Annual administration report of the Civil Veterinary Department of India - 1904-1905
Year: 1904
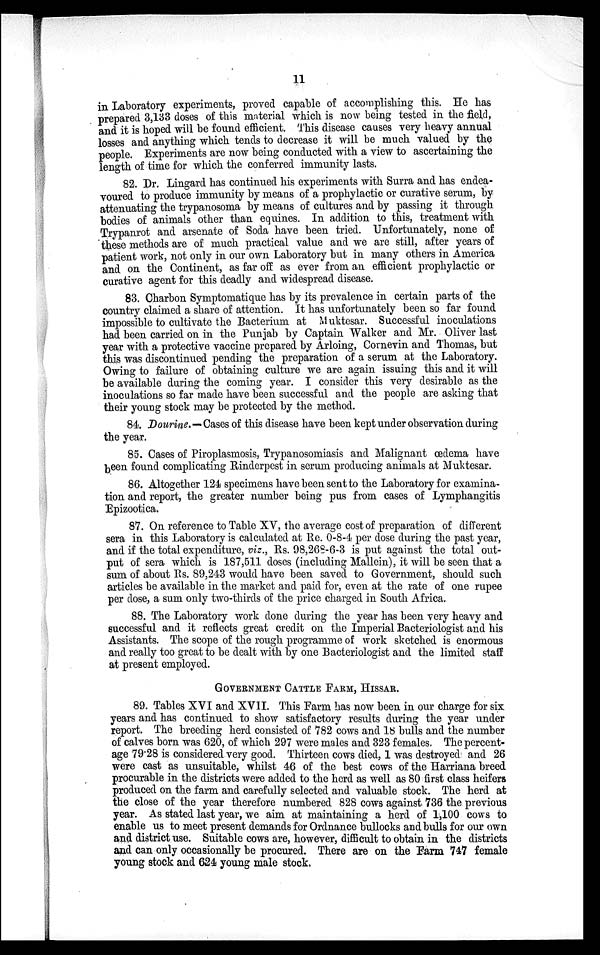
11
in Laboratory experiments, proved capable of accomplishing this. He has
prepared 3,133 doses of this material which is now being tested in the field,
and it is hoped will be found efficient. This disease causes very heavy annual
losses and anything which tends to decrease it will be much valued by the
people. Experiments are now being conducted with a view to ascertaining the
length of time for which the conferred immunity lasts.
82. Dr. Lingard has continued his experiments with Surra and has endea-
voured to produce immunity by means of a prophylactic or curative serum, by
attenuating the trypanosoma by means of cultures and by passing it through
bodies of animals other than equines. In addition to this, treatment with
Trypanrot and arsenate of Soda have been tried. Unfortunately, none of
these methods are of much practical value and we are still, after years of
patient work, not only in our own Laboratory but in many others in America
and on the Continent, as far off as ever from an efficient prophylactic or
curative agent for this deadly and widespread disease.
83. Charbon Symptomatique has by its prevalence in certain parts of the
country claimed a share of attention. It has unfortunately been so far found
impossible to cultivate the Bacterium at Muktesar. Successful inoculations
had been carried on in the Punjab by Captain Walker and Mr. Oliver last
year with a protective vaccine prepared by Arloing, Cornevin and Thomas, but
this was discontinued pending the preparation of a serum at the Laboratory.
Owing to failure of obtaining culture we are again issuing this and it will
be available during the coming year. I consider this very desirable as the
inoculations so far made have been successful and the people are asking that
their young stock may be protected by the method.
84. Dourine.—Cases of this disease have been kept under observation during
the year.
85. Cases of Piroplasmosis, Trypanosomiasis and Malignant œdema have
been found complicating Rinderpest in serum producing animals at Muktesar.
86. Altogether 124 specimens have been sent to the Laboratory for examina-
tion and report, the greater number being pus from cases of Lymphangitis
Epizootica.
87. On reference to Table XV, the average cost of preparation of different
sera in this Laboratory is calculated at Re. 0-8-4 per dose during the past year,
and if the total expenditure, viz., Rs. 98,268-6-3 is put against the total out-
put of sera which is 187,511 doses (including Mallein), it will be seen that a
sum of about Rs. 89,243 would have been saved to Government, should such
articles be available in the market and paid for, even at the rate of one rupee
per dose, a sum only two-thirds of the price charged in South Africa.
88. The Laboratory work done during the year has been very heavy and
successful and it reflects great credit on the Imperial Bacteriologist and his
Assistants. The scope of the rough programme of work sketched is enormous
and really too great to be dealt with by one Bacteriologist and the limited staff
at present employed.
GOVERNMENT CATTLE FARM, HISSAR.
89. Tables XVI and XVII. This Farm has now been in our charge for six
years and has continued to show satisfactory results during the year under
report. The breeding herd consisted of 782 cows and 18 bulls and the number
of calves born was 620, of which 297 were males and 323 females. The percent-
age 79.28 is considered very good. Thirteen cows died, 1 was destroyed and 26
were cast as unsuitable, whilst 46 of the best cows of the Harriana breed
procurable in the districts were added to the herd as well as 80 first class heifers
produced on the farm and carefully selected and valuable stock. The herd at
the close of the year therefore numbered 828 cows against 736 the previous
year. As stated last year, we aim at maintaining a herd of 1,100 cows to
enable us to meet present demands for Ordnance bullocks and bulls for our own
and district use. Suitable cows are, however, difficult to obtain in the districts
and can only occasionally be procured. There are on the Farm 747 female
young stock and 624 young male stock.